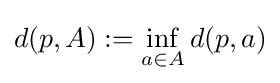
d(p,A):=\inf _{a\in A}d(p,a)